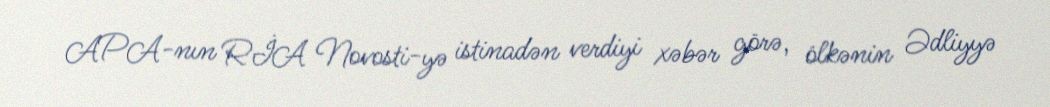
APA-nın RİA Novosti-yə istinadən verdiyi xəbər görə, ölkənin Ədliyyə